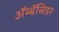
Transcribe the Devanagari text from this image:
ॲम्बॅसिडर